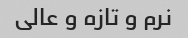
نرم و تازه و عالی